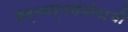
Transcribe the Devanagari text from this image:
कर्मधर्मसंयोगाची